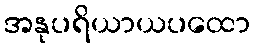
အနုပရိယာယပထော